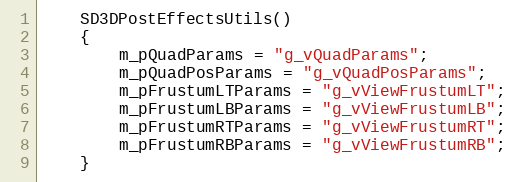
Language: C
	SD3DPostEffectsUtils()
	{
		m_pQuadParams = "g_vQuadParams";
		m_pQuadPosParams = "g_vQuadPosParams";
		m_pFrustumLTParams = "g_vViewFrustumLT";
		m_pFrustumLBParams = "g_vViewFrustumLB";
		m_pFrustumRTParams = "g_vViewFrustumRT";
		m_pFrustumRBParams = "g_vViewFrustumRB";
	}